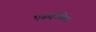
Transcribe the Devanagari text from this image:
एडव्होकेट